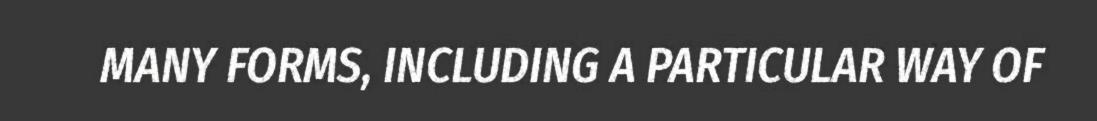
MANY FORMS, INCLUDING A PARTICULAR WAY OF